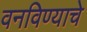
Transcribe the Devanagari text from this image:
वनविण्याचे